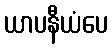
ယာပနီယံပေ